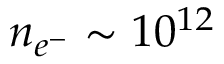
n _ { e ^ { - } } \sim 1 0 ^ { 1 2 }